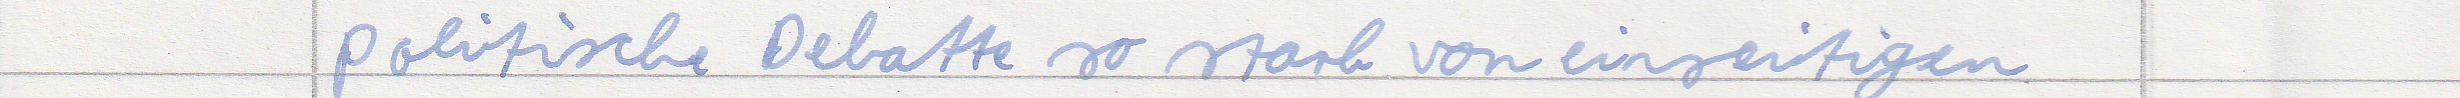
politische Debatte so stark von einseitigen